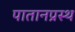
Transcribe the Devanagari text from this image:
पातानप्रस्थ